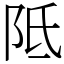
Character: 阺